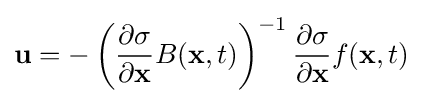
\mathbf {u} =-\left({\frac {\partial \sigma }{\partial \mathbf {x} }}B(\mathbf {x} ,t)\right)^{-1}{\frac {\partial \sigma }{\partial \mathbf {x} }}f(\mathbf {x} ,t)